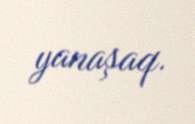
yanaşaq.